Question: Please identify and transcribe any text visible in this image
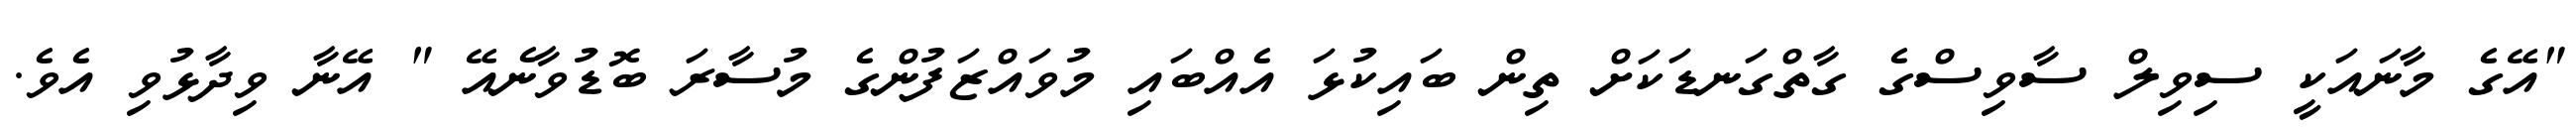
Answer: "އޭގެ މާނައަކީ ސިވިލް ސާވިސްގެ ގާތްގަނޑަކަށް ތިން ބައިކުޅަ އެއްބައި މުވައްޒަފުންގެ މުސާރަ ބޮޑުވާނެއޭ " އޭނާ ވިދާޅުވި އެވެ.